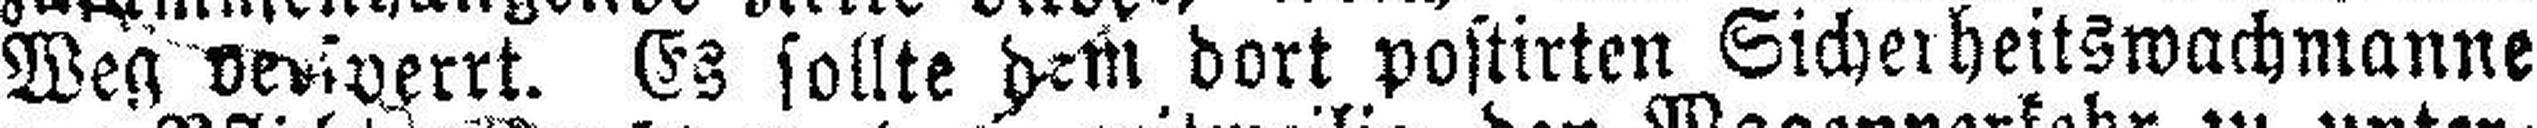
Weg versperrt. Es sollte dem dort postirten Sicherheitswachmanne